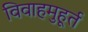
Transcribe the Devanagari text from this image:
विवाहमुहूर्त